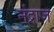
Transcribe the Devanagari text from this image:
नंद्राज